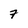
Character: 7